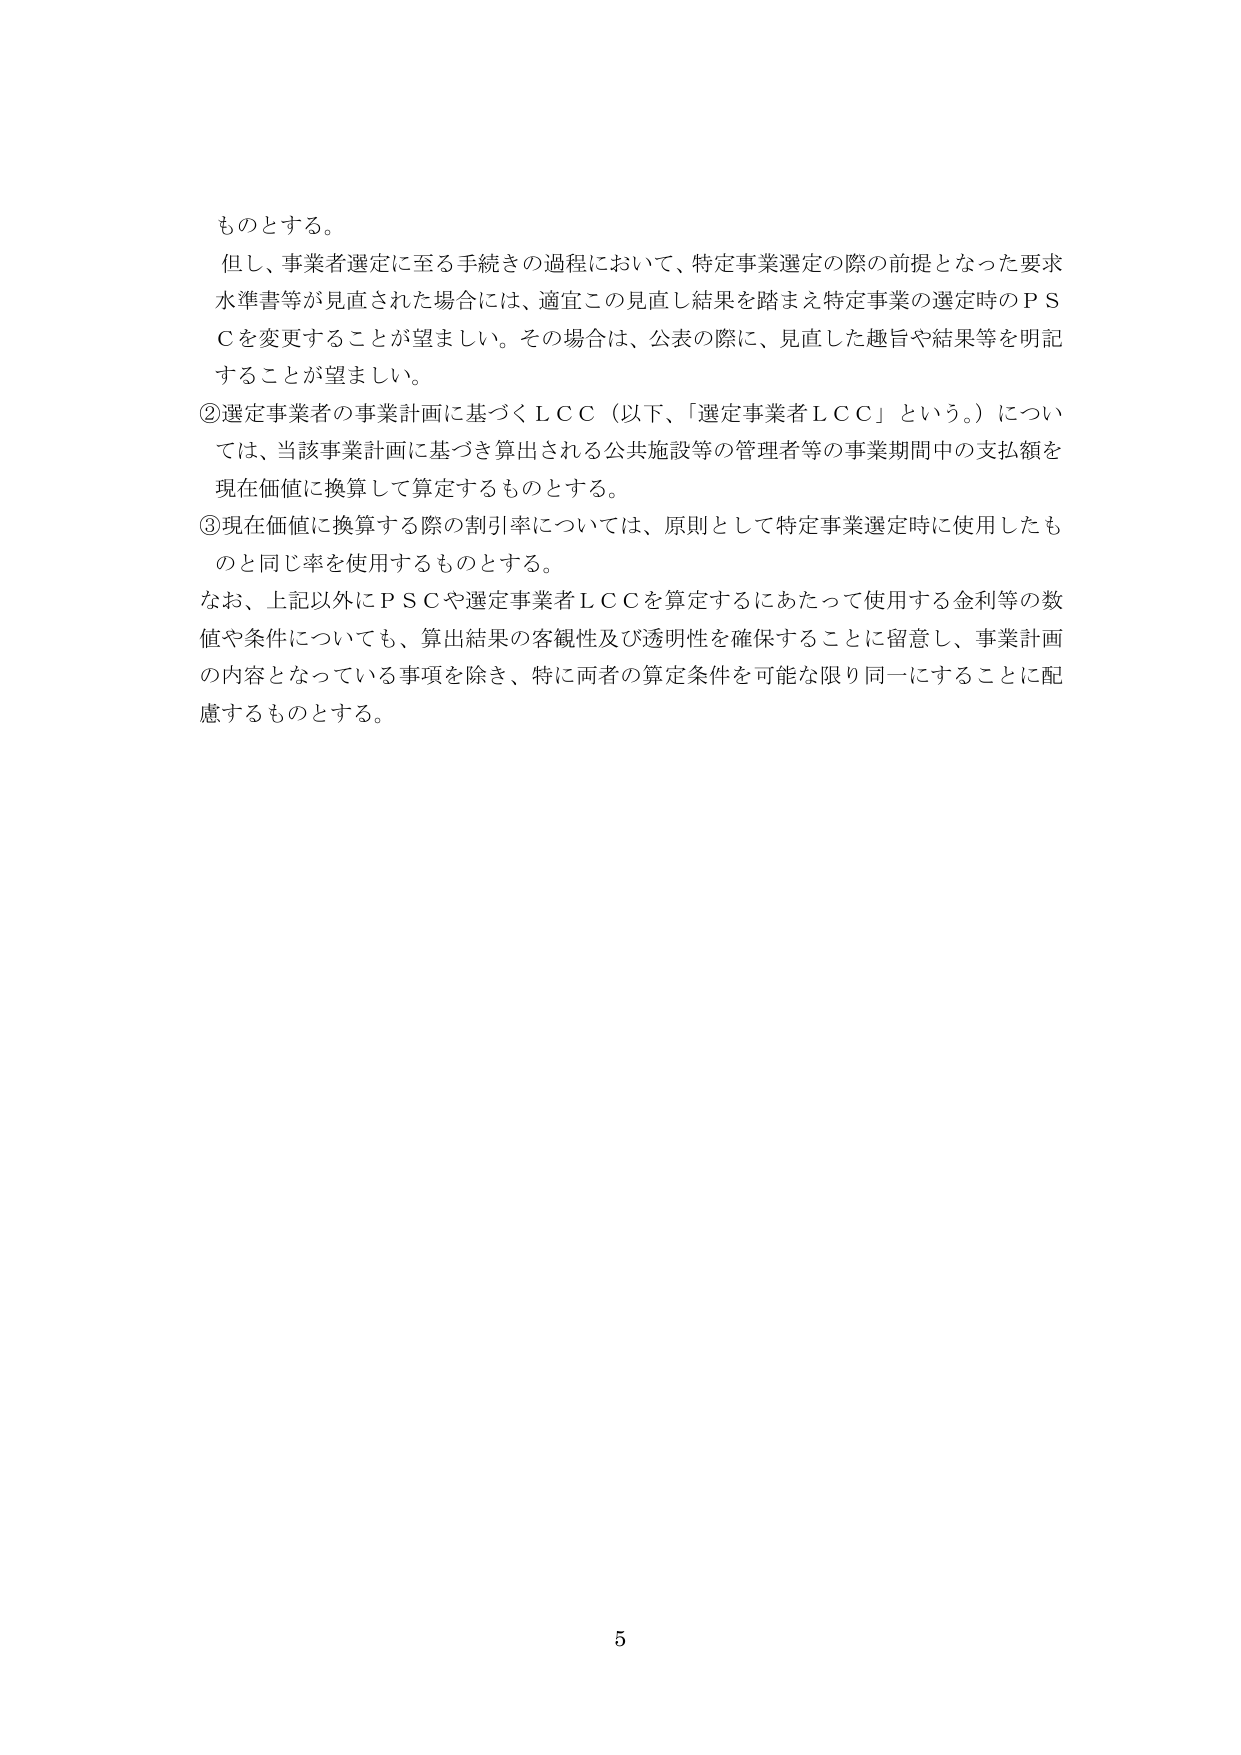
ものとする。

但し、事業者選定に至る手続きの過程において、特定事業選定の際の前提となった要求水準書等が見直された場合には、適宜この見直し結果を踏まえ特定事業の選定時のＰＳＣを変更することが望ましい。その場合は、公表の際に、見直した趣旨や結果等を明記することが望ましい。

②選定事業者の事業計画に基づくＬＣＣ（以下、「選定事業者ＬＣＣ」という。）については、当該事業計画に基づき算出される公共施設等の管理者等の事業期間中の支払額を現在価値に換算して算定するものとする。

③現在価値に換算する際の割引率については、原則として特定事業選定時に使用したものと同じ率を使用するものとする。

なお、上記以外にＰＳＣや選定事業者ＬＣＣを算定するにあたって使用する金利等の数値や条件についても、算出結果の客観性及び透明性を確保することに留意し、事業計画の内容となっている事項を除き、特に両者の算定条件を可能な限り同一にすることに配慮するものとする。

5